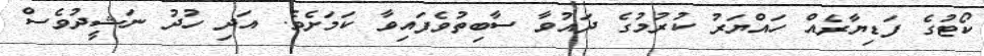
ކޯޓުގެ ފަޑިޔާރެއް ހައްޔަރު ކުރުމުގެ ދައުވާ ސާބިތުވެފައިވާ ކަމަށެވެ. އަދި ހުދު ނަޝީދުވެސް